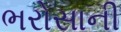
ભરોસાની